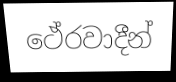
ථේරවාදීන්